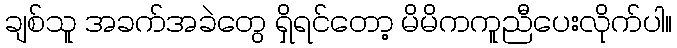
ချစ်သူ အခက်အခဲတွေ ရှိရင်တော့ မိမိကကူညီပေးလိုက်ပါ။